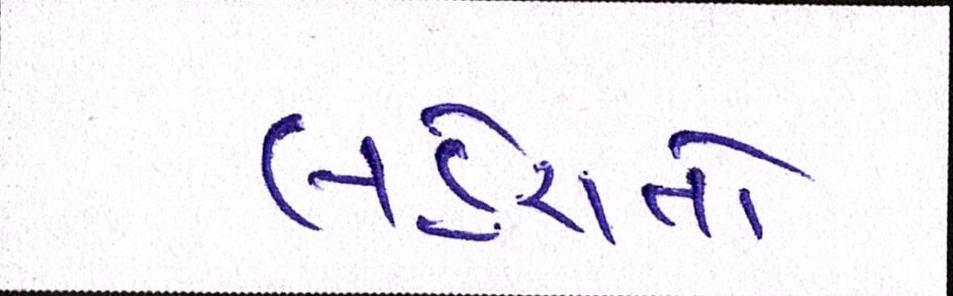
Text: લહેરાતો